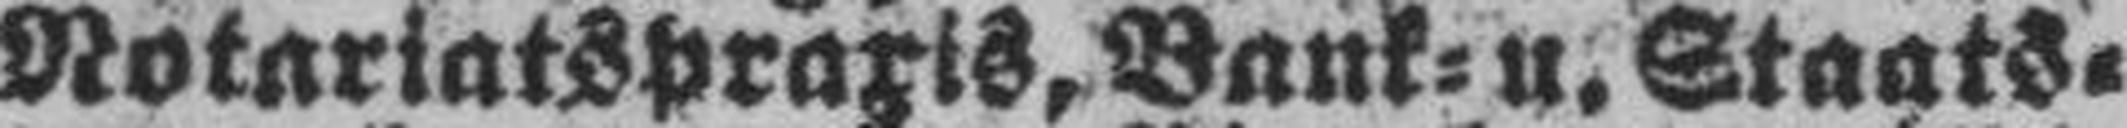
Notariatspraxis, Bank= u. Staats¬